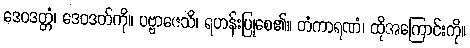
ဒေဝဒတ္တံ၊ ဒေဝဒတ်ကို။ ပဗ္ဗာဇေသိ၊ ရဟန်းပြုစေ၏။ တံကာရဏံ၊ ထိုအကြောင်းကို။